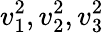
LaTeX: v_{1}^{2},v_{2}^{2},v_{3}^{2}